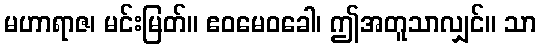
မဟာရာဇ၊ မင်းမြတ်။ ဧဝမေဝခေါ၊ ဤအတူသာလျှင်။ သာ